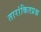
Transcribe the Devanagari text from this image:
तारांकितप्रश्न